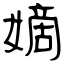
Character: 嫡